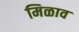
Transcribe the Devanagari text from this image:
मिळाव